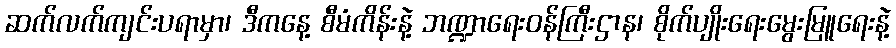
ဆက်လက်ကျင်းပရာမှာ၊ ဒီကနေ့ စီမံကိန်းနဲ့ ဘဏ္ဍာရေးဝန်ကြီးဌာန၊ စိုက်ပျိုးရေးမွေးမြူရေးနဲ့